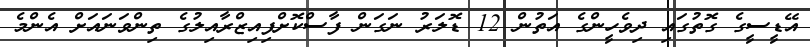
އޭޑީސީގެ ގޮތުގައި ދިވެހީންގެ އަތުން 12 ޑޮލަރު ނަގަން ފާސްކޮށްފިއިޒްރާއިލުގެ ތިންވަނައަށް އެންމެ